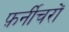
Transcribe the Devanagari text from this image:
फ़र्नीचरों